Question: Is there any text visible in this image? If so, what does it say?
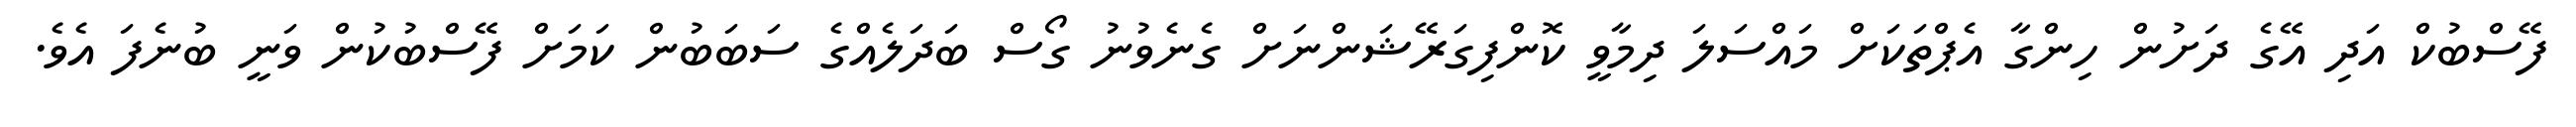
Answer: ފޭސްބުކް އަދި އޭގެ ދަށުން ހިންގާ އެޕްތަކަށް މައްސަލަ ދިމާވީ ކޮންފިގަރޭޝަންނަށް ގެނެވުނު ގޯސް ބަދަލެއްގެ ސަބަބުން ކަމަށް ފޭސްބުކުން ވަނީ ބުނެފަ އެވެ.